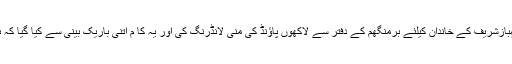
برطانوی شہری آفتاب محمود نے ڈیلی میل کو انٹرویو دیتے ہوئے دعویٰ کیا کہ انہوں نے شہبازشریف کے خاندان کیلئے برمنگھم کے دفتر سے لاکھوں پاﺅنڈ کی منی لانڈرنگ کی اور یہ کا م اتنی باریک بینی سے کیا گیا کہ برطانوی حکام کی جانب سے بک کا جائزہ لینے والوں کو بھی اس کی بھنک نہیں لگ سکی ۔